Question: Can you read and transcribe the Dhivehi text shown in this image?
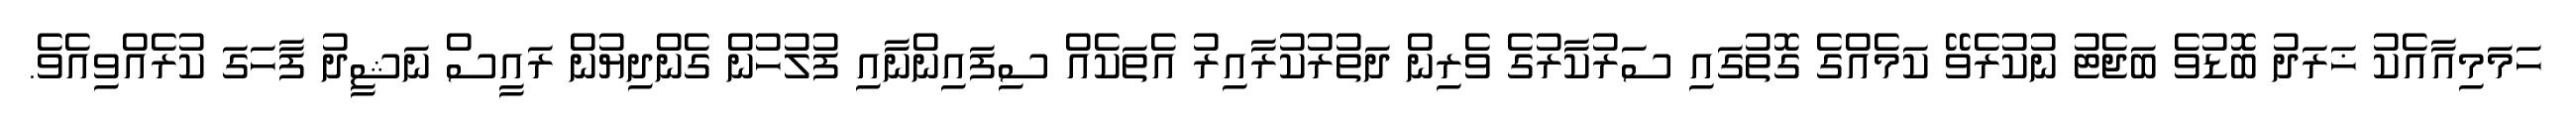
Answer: ހަމަމިއާއެކު ޚަރަދު ބޮޑުވެ ބަޖެޓު ނުކުރެވޭ ކަމެއްގެ ގޮތުގައި ސަރުކާރުގެ ވެރިން ދަތުރުކުރާއިރު އެތަކެއް ސިފައިންނާއި ފުލުހުން ގެންދިޔުން ރައީސް ނަޝީދު ފާހަގަ ކުރެއްވިއެވެ.